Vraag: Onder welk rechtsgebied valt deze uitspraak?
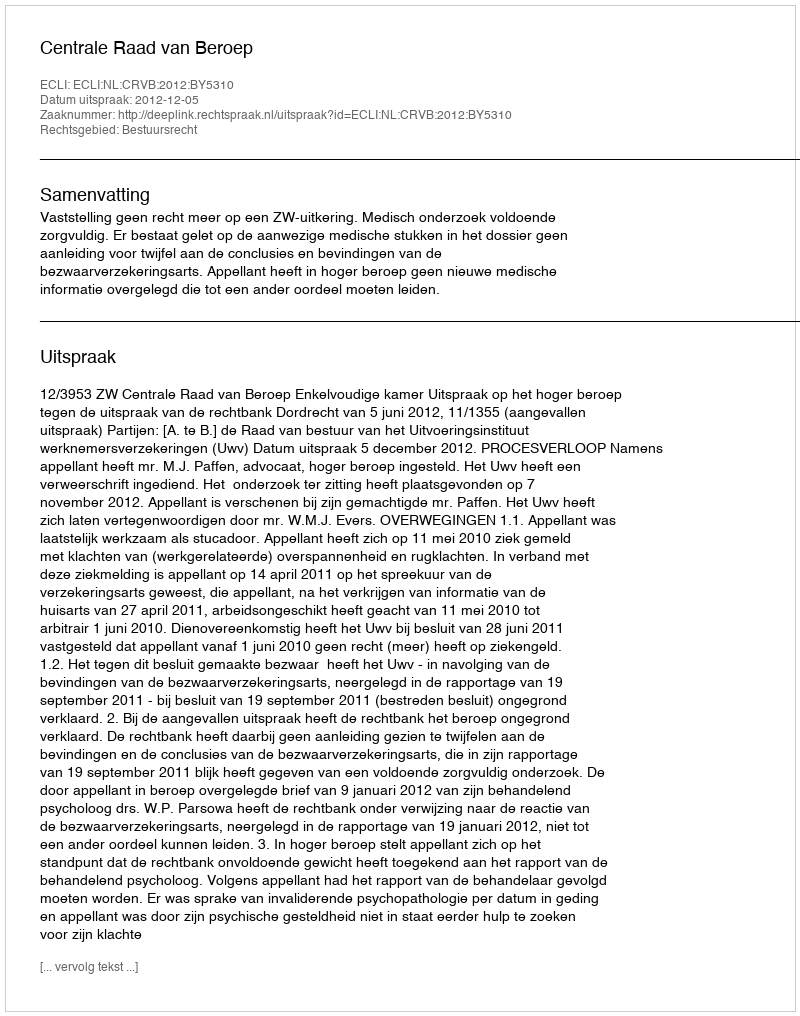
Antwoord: Bestuursrecht